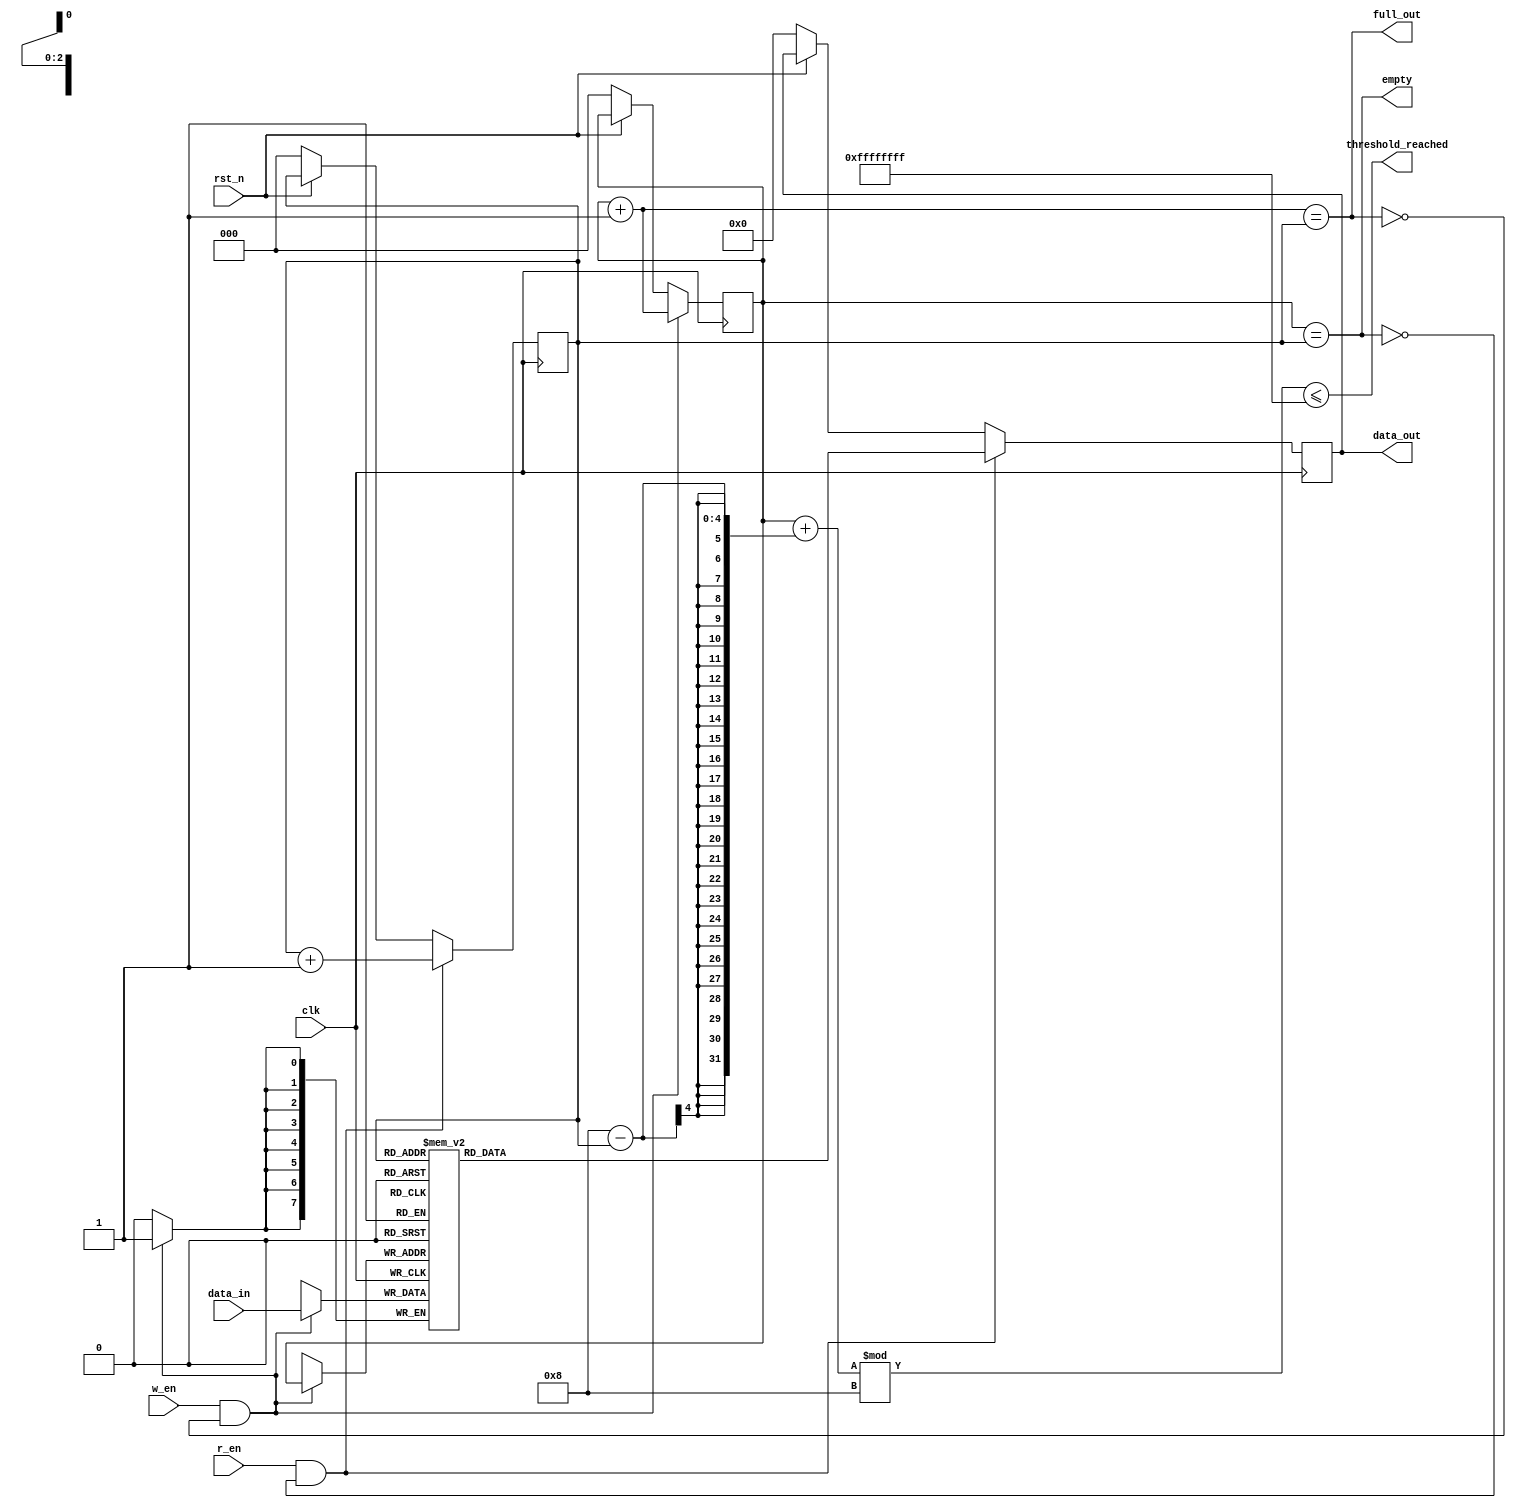
`timescale 1ns / 1ps
//////////////////////////////////////////////////////////////////////////////////
// Company: 
// Engineer: 
// 
// Design Name: 
// Module Name: fifo_buff
// Project Name: 
// Target Devices: 
// Tool Versions: 
// Description: 
// 
// Dependencies: 
// 
// Revision:
// Revision 0.01 - File Created
// Additional Comments:
// 
//////////////////////////////////////////////////////////////////////////////////



module synchronous_fifo #(parameter DEPTH=8, DATA_WIDTH=8, THRESHOLD = 0) (
   clk, 
   rst_n,
   w_en,
   r_en,
   data_in,
   data_out,
   full_out, 
   empty,
   threshold_reached
);

  input wire clk; 
  input wire rst_n;
  input wire w_en;
  input wire r_en;
  input wire [DATA_WIDTH-1:0] data_in;
  output reg [DATA_WIDTH-1:0] data_out;
  output wire full_out;
  output wire empty;
  output wire threshold_reached;



    wire full;
  reg [$clog2(DEPTH)-1:0] w_ptr, r_ptr;
  reg [DATA_WIDTH-1:0] fifo[DEPTH-1:0];
  
  // Set Default values on reset.
  always@(posedge clk) begin
    if(!rst_n) begin
      w_ptr <= 0; r_ptr <= 0;
      data_out <= 0;
    end
  
  // To write data to FIFO
    if(w_en & !full)begin
      fifo[w_ptr] <= data_in;
      w_ptr <= w_ptr + 1;
    end
  
  // To read data from FIFO
    if(r_en & !empty) begin
      data_out <= fifo[r_ptr];
      r_ptr <= r_ptr + 1;
    end
  end
  
  assign full               = ((w_ptr+1'b1) == r_ptr);
  assign full_out           = ((w_ptr+1'b1) == r_ptr);
  assign empty              = (w_ptr == r_ptr);
  assign threshold_reached  = ((w_ptr + (DEPTH - r_ptr)) % DEPTH) <= (THRESHOLD - 1);

endmodule